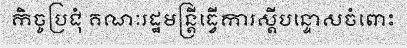
កិច្ចប្រជុំ គណៈរដ្ឋមន្ត្រីធ្វើការស្តីបន្ទោសចំពោះ